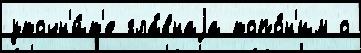
уточн'и́т'е гла́внаjа топо́н'им о